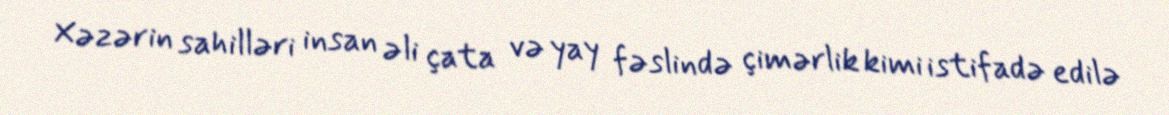
Xəzərin sahilləri insan əli çata və yay fəslində çimərlik kimi istifadə edilə